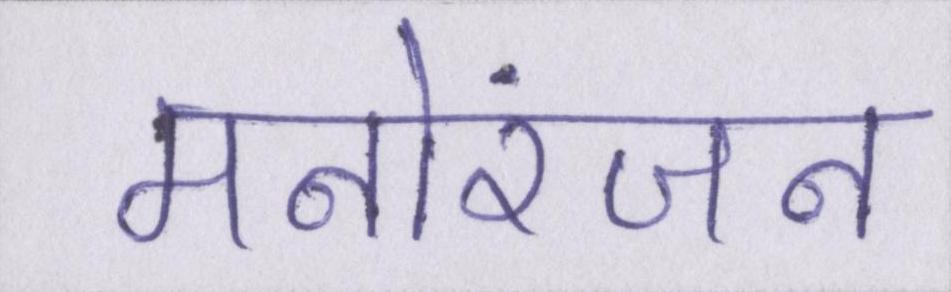
मनोरंजन